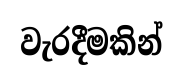
වැරදීමකින්